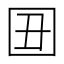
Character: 𡆴